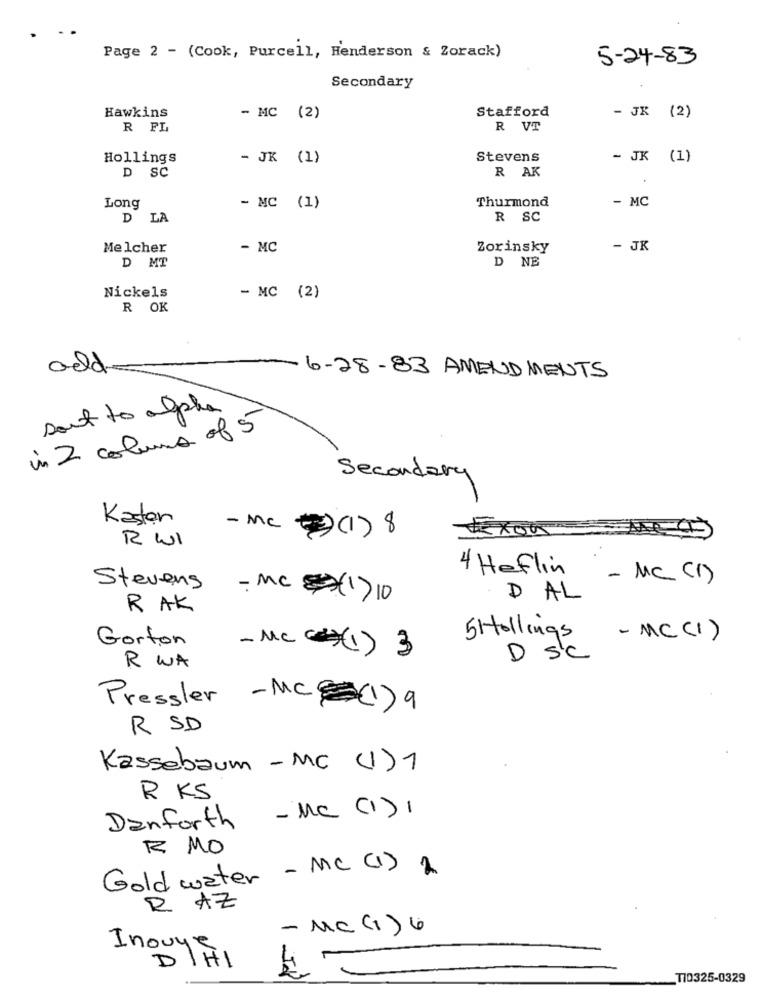
Page 2 - (Cook, Purcell, Henderson & Zorack)
5-24-83
Secondary
Stafford
Hawkins
- MC (2)
- JK (2)
R FL
R VT
Hollings
- JK (1)
Stevens
- JK (1)
D SC
R AK
Thurmond
- MC
Long
- MC (1)
D LA
R SC
Melcher
- MC
Zorinsky
- JK
D MT
D NE
Nickels
- MC (2)
R OK
old
6-28-83 AMENDMENTS
sout to alpha
in 2 columns of 5
Secondary
Kasten
-MC (2) (1) 8
EX005
R WI
4 Heflin
- Mc (1)
Stevens
-MC 17 10
DAL
RAK
5Hollings
- MC (1 )
Gorton
-MC (1) 3
D SC
R WA
Pressler -MC=(1)9
R SD
Kassebaum - MC (1)1
R KS
Danforth - MC (I),
R MO
Gold water - MC (1) 2
R AZ
- MC (1) 6
Inouye
170325-0329